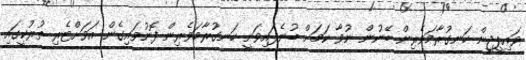
ވައިޕީޖީން ހަނގުރާމަވެރިން ބޭނުން ނުވާ ކަމަށް ބުނެފައިވަނީ ހަނގުރާމަވެރިން ފޮނުވައިގެން އަވަށްޓެރި ތުރުކީގައި